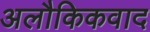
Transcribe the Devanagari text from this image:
अलौकिकवाद